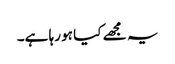
یہ مجھے کیا ہو رہا ہے۔